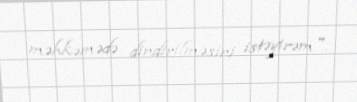
məhkəmədə dindirilməsini istəyirəm".